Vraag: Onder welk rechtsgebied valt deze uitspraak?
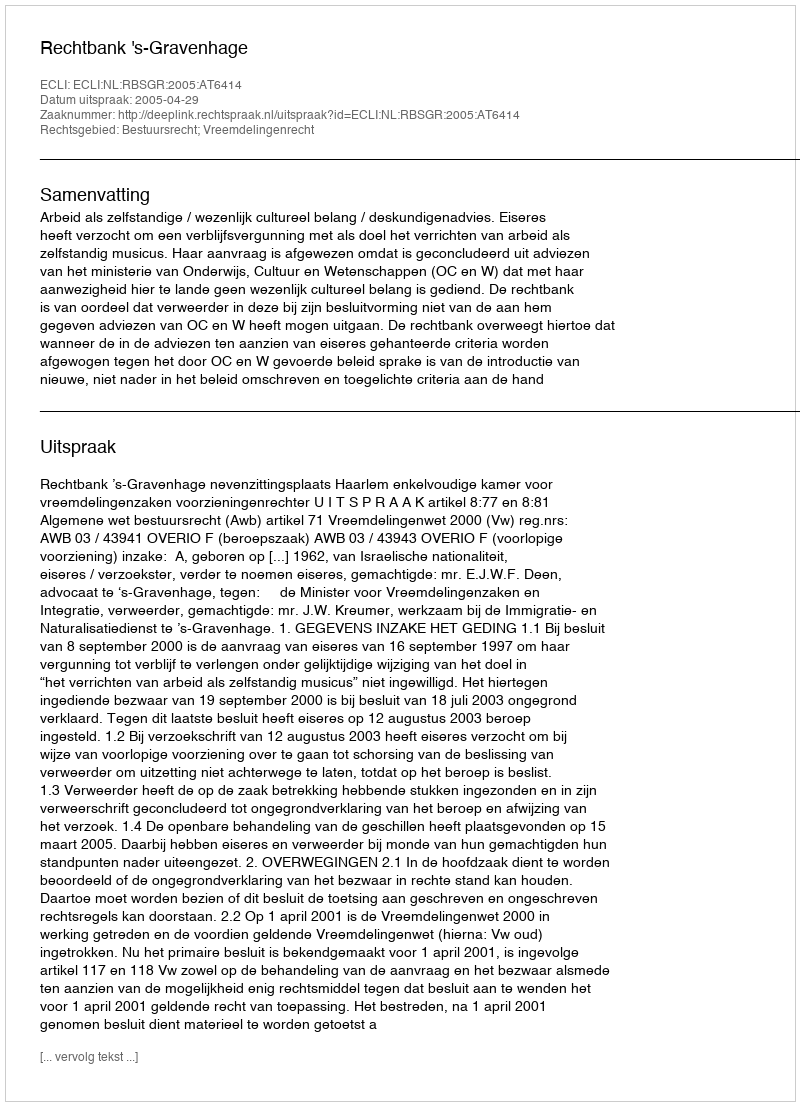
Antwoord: Bestuursrecht; Vreemdelingenrecht